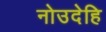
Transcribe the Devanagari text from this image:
नोउदेहि